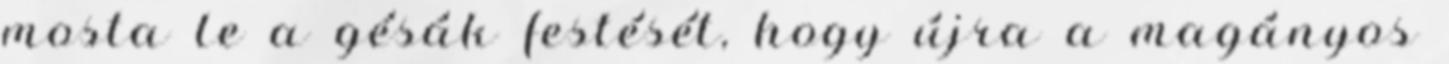
mosta le a gésák festését, hogy újra a magányos